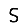
Digit: 5